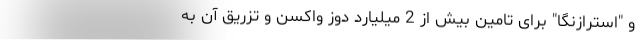
و "استرازنگا" برای تامین بیش از 2 میلیارد دوز واکسن و تزریق آن به